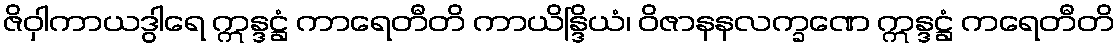
ဇိဝှါကာယဒွါရေ ဣန္ဒဋ္ဌံ ကာရေတီတိ ကာယိန္ဒြိယံ၊ ဝိဇာနနလက္ခဏေ ဣန္ဒဋ္ဌံ ကရေတီတိ